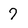
Character: 7